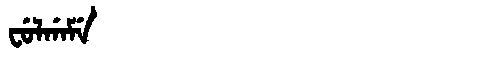
Manchu: ᠸᡠᠯᡤᠠᠮᡝ
Romanization: FULGAME